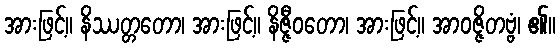
အားဖြင့်။ နိဿတ္တတော၊ အားဖြင့်။ နိဇ္ဇီဝတော၊ အားဖြင့်။ အာဝဇ္ဇိတဗ္ဗံ၊ ၏။